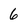
Character: 6